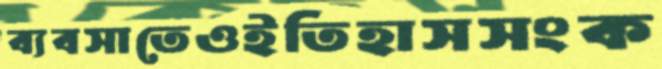
ব্যবসাতেওইতিহাসসংক